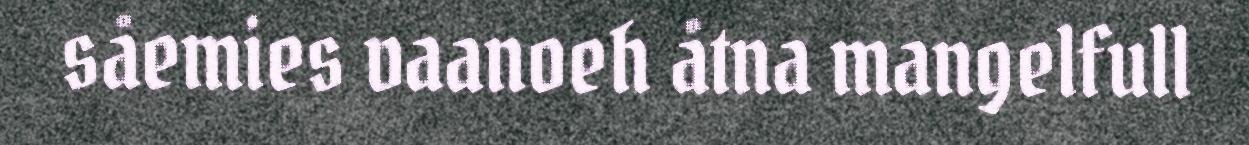
såemies vaanoeh åtna mangelfull